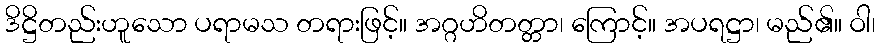
ဒိဋ္ဌိတည်းဟူသော ပရာမသ တရားဖြင့်။ အဂ္ဂဟိတတ္တာ၊ ကြောင့်။ အပရဋ္ဌာ၊ မည်၏။ ဝါ၊